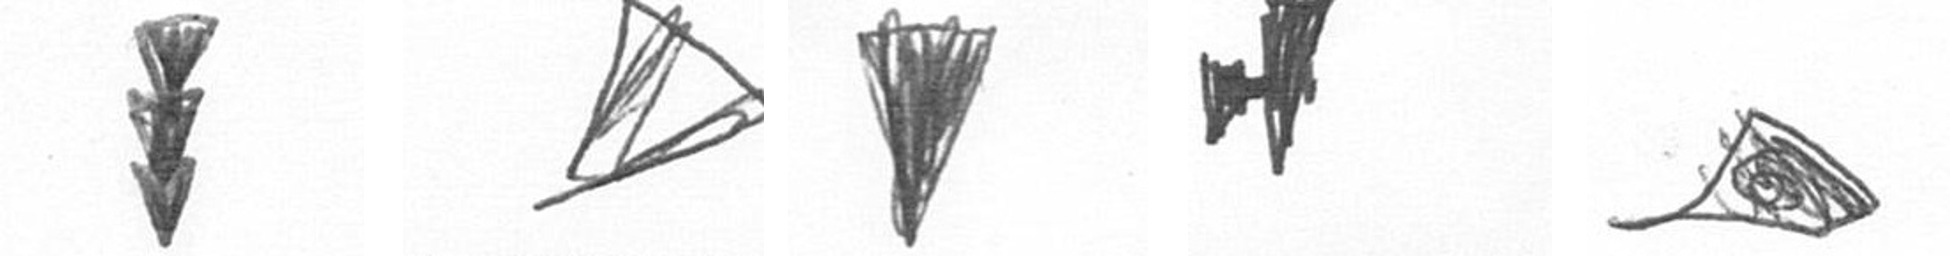
E O J M O